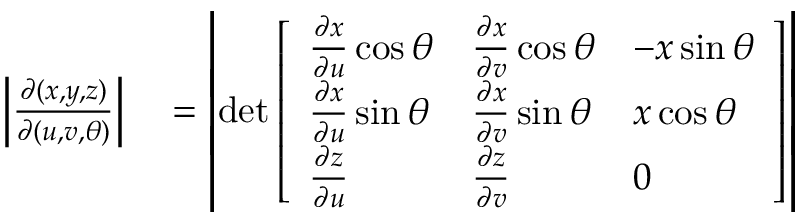
\begin{array} { r l } { \left| { \frac { \partial ( x , y , z ) } { \partial ( u , v , \theta ) } } \right| } & { { } = \left| \operatorname* { d e t } { \left[ \begin{array} { l l l } { { \frac { \partial x } { \partial u } } \cos \theta } & { { \frac { \partial x } { \partial v } } \cos \theta } & { - x \sin \theta } \\ { { \frac { \partial x } { \partial u } } \sin \theta } & { { \frac { \partial x } { \partial v } } \sin \theta } & { x \cos \theta } \\ { { \frac { \partial z } { \partial u } } } & { { \frac { \partial z } { \partial v } } } & { 0 } \end{array} \right] } \right| } \end{array}